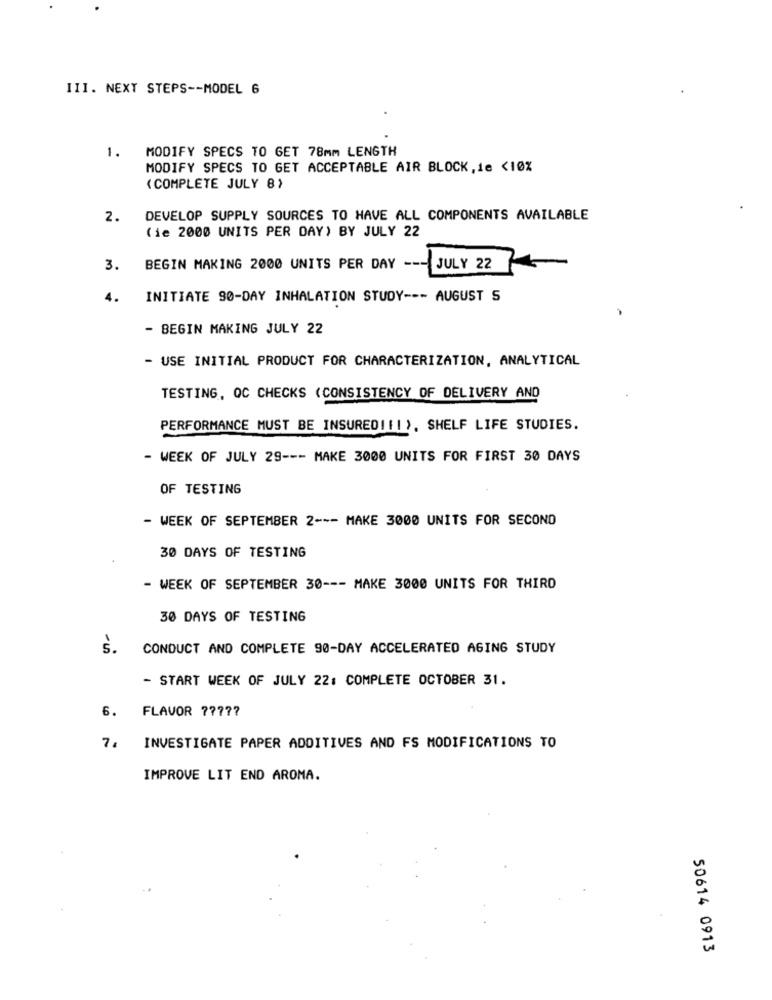
III. NEXT STEPS -- MODEL 6
1.
MODIFY SPECS TO GET 78mm LENGTH
MODIFY SPECS TO GET ACCEPTABLE AIR BLOCK,ie <10%
( COMPLETE JULY 8)
2.
DEVELOP SUPPLY SOURCES TO HAVE ALL COMPONENTS AVAILABLE
(ie 2000 UNITS PER DAY) BY JULY 22
3.
BEGIN MAKING 2000 UNITS PER DAY ---
JULY 22
4.
INITIATE 90-DAY INHALATION STUDY --- AUGUST S
- BEGIN MAKING JULY 22
- USE INITIAL PRODUCT FOR CHARACTERIZATION, ANALYTICAL
TESTING, QC CHECKS (CONSISTENCY OF DELIVERY AND
PERFORMANCE MUST BE INSUREDIII ). SHELF LIFE STUDIES.
- WEEK OF JULY 29 --- MAKE 3000 UNITS FOR FIRST 30 DAYS
OF TESTING
- WEEK OF SEPTEMBER 2 --- MAKE 3000 UNITS FOR SECOND
30 DAYS OF TESTING
- WEEK OF SEPTEMBER 30 --- MAKE 3000 UNITS FOR THIRD
30 DAYS OF TESTING
5 .
CONDUCT AND COMPLETE 90-DAY ACCELERATED AGING STUDY
- START WEEK OF JULY 22: COMPLETE OCTOBER 31.
FLAVOR 77777
6.
7.
INVESTIGATE PAPER ADDITIVES AND FS MODIFICATIONS TO
IMPROVE LIT END AROMA.
50614 0913